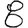
Digit: 8